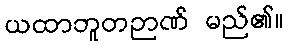
ယထာဘူတဉာဏ် မည်၏။